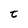
Character: t